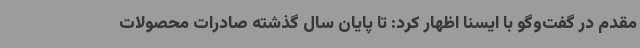
مقدم در گفت‌وگو با ایسنا اظهار کرد: تا پایان سال گذشته صادرات محصولات